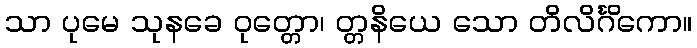
သာ ပုမေ သုနခေ ဝုတ္တော၊ တ္တနိယေ သော တိလိင်္ဂိကော။